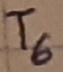
Text: T6